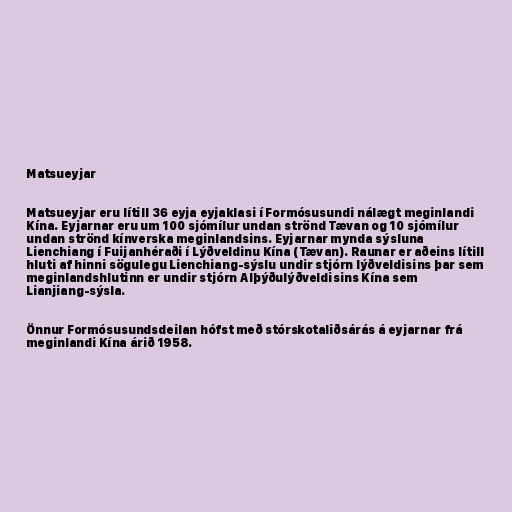
Matsueyjar

Matsueyjar eru lítill 36 eyja eyjaklasi í Formósusundi nálægt meginlandi
Kína. Eyjarnar eru um 100 sjómílur undan strönd Tævan og 10 sjómílur
undan strönd kínverska meginlandsins. Eyjarnar mynda sýsluna
Lienchiang í Fuijanhéraði í Lýðveldinu Kína (Tævan). Raunar er aðeins lítill
hluti af hinni sögulegu Lienchiang-sýslu undir stjórn lýðveldisins þar sem
meginlandshlutinn er undir stjórn Alþýðulýðveldisins Kína sem
Lianjiang-sýsla.

Önnur Formósusundsdeilan hófst með stórskotaliðsárás á eyjarnar frá
meginlandi Kína árið 1958.